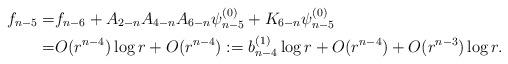
LaTeX: \begin{align*}f_{n-5}=&f_{n-6}+A_{2-n}A_{4-n}A_{6-n}\psi_{n-5}^{(0)}+K_{6-n}\psi_{n-5}^{(0)}\\=&O(r^{n-4})\log r+O(r^{n-4}):=b_{n-4}^{(1)}\log r+O(r^{n-4})+O(r^{n-3})\log r.\end{align*}